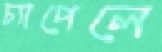
চ্যাপেলে